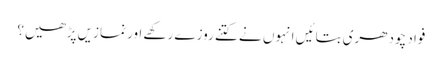
فواد چودھری بتائیں انہوں نے کتنے روزے رکھے اور نمازیں پڑھیں؟